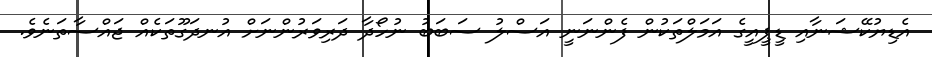
އެޑިޔުކޭޝަނާއި ޑީޕީއީގެ އަމަލްތަކުން ފެންނަނީ އަސްލު ސަބަބު ނުހޯދާ ދަރިވަރުންނަށް އުނދަގޫތަކެއް ޖައްސާތަނެވެ.